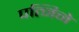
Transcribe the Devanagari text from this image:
पत्निने